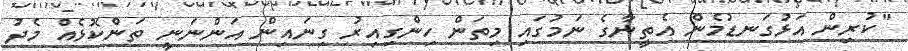
"ކުރިން އަޅުގަނޑުމެން އެތީނާގެ ނަމުގައި މިތަން ހިންގިއިރު ގިނައިން އަންނަނީ ތަންކޮޅެއް މެދު